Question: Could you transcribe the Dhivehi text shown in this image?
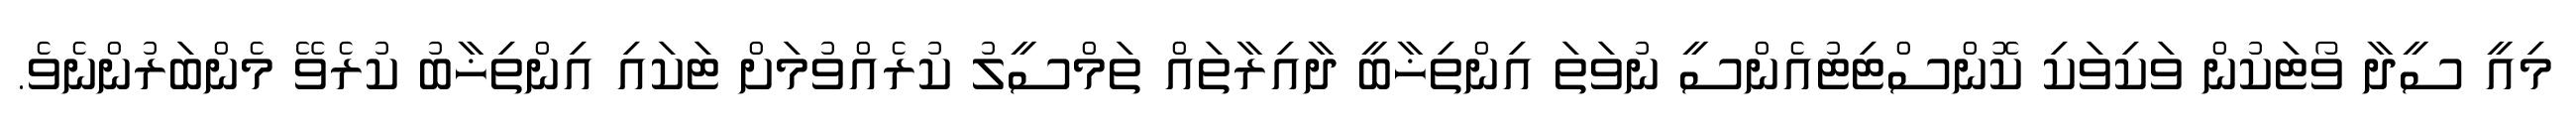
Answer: މިއީ ސީދާ ވޯޓަކުން ވަކިވަކި ކޮންސްޓިޓުއެންސީ ނުވަތަ އިންތިޚާބީ ދާއިރާތައް ތަމްސީލު ކުރެއްވުމަށް ޓަކައި އިންތިޚާބު ކުރެވޭ މެންބަރުންނެވެ.